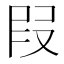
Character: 叚